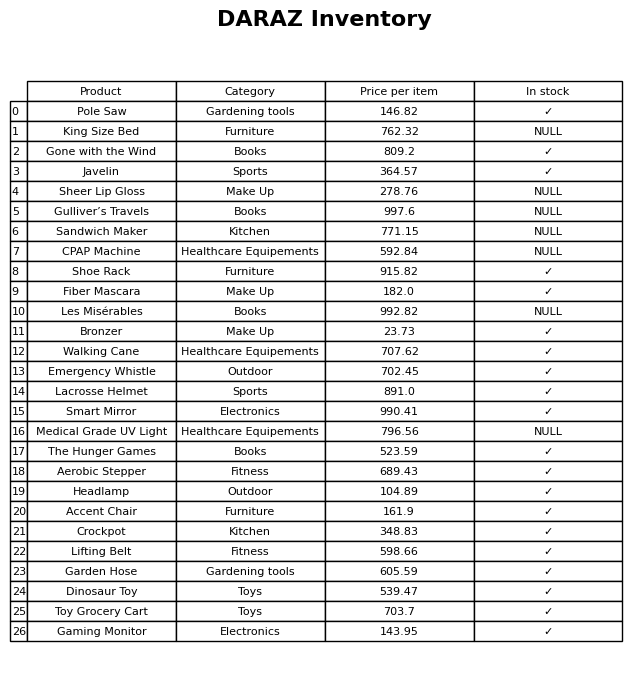
question: Which products are currently out of stock?
answer: King Size Bed, Sheer Lip Gloss, Gulliver’s Travels, Sandwich Maker, CPAP Machine, Les Misérables, Medical Grade UV Light